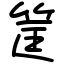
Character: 筐